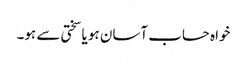
خواہ حساب آسان ہو یا سختی سے ہو۔